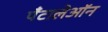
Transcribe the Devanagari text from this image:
पँटालेऑन